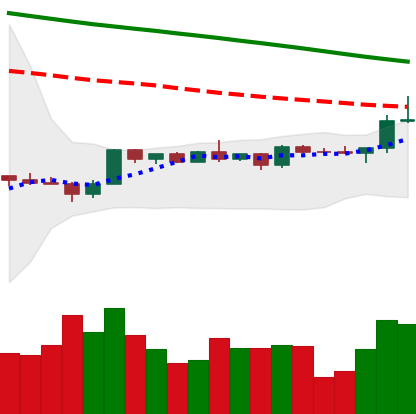
Ticker: BTC-USD
Chart end date: 2022-12-14
Forward return: -7.723%
Label: down_7plus